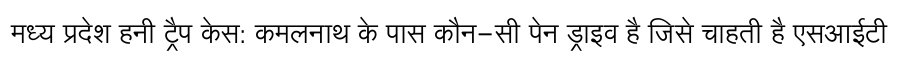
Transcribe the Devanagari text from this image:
मध्य प्रदेश हनी ट्रैप केस: कमलनाथ के पास कौन-सी पेन ड्राइव है जिसे चाहती है एसआईटी